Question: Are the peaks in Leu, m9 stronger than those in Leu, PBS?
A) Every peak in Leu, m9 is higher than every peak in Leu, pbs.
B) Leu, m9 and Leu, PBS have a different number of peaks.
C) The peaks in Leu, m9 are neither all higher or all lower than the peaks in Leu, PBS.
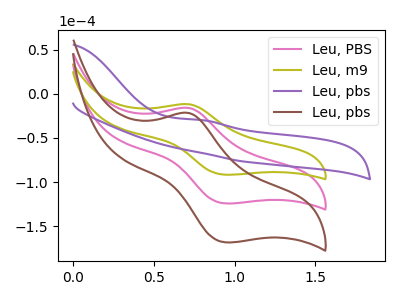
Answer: <think>The pink curve "Leu, PBS" has an anodic peak at (0.70V, -16.00uA) and a cathodic peak at (0.95V, -124.15uA). The olive curve "Leu, m9" has an anodic peak at (0.70V, -11.80uA) and a cathodic peak at (0.95V, -91.60uA). The purple curve "Leu, pbs" has an anodic peak at: (0.80V, -29.75uA). The brown curve "Leu, pbs" has an anodic peak at (0.70V, -32.05uA) and a cathodic peak at (0.95V, -248.25uA).</think>
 <answer>C) The peaks in "Leu, m9" are neither all higher or all lower than the peaks in "Leu, PBS".</answer>
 <eval>C</eval>